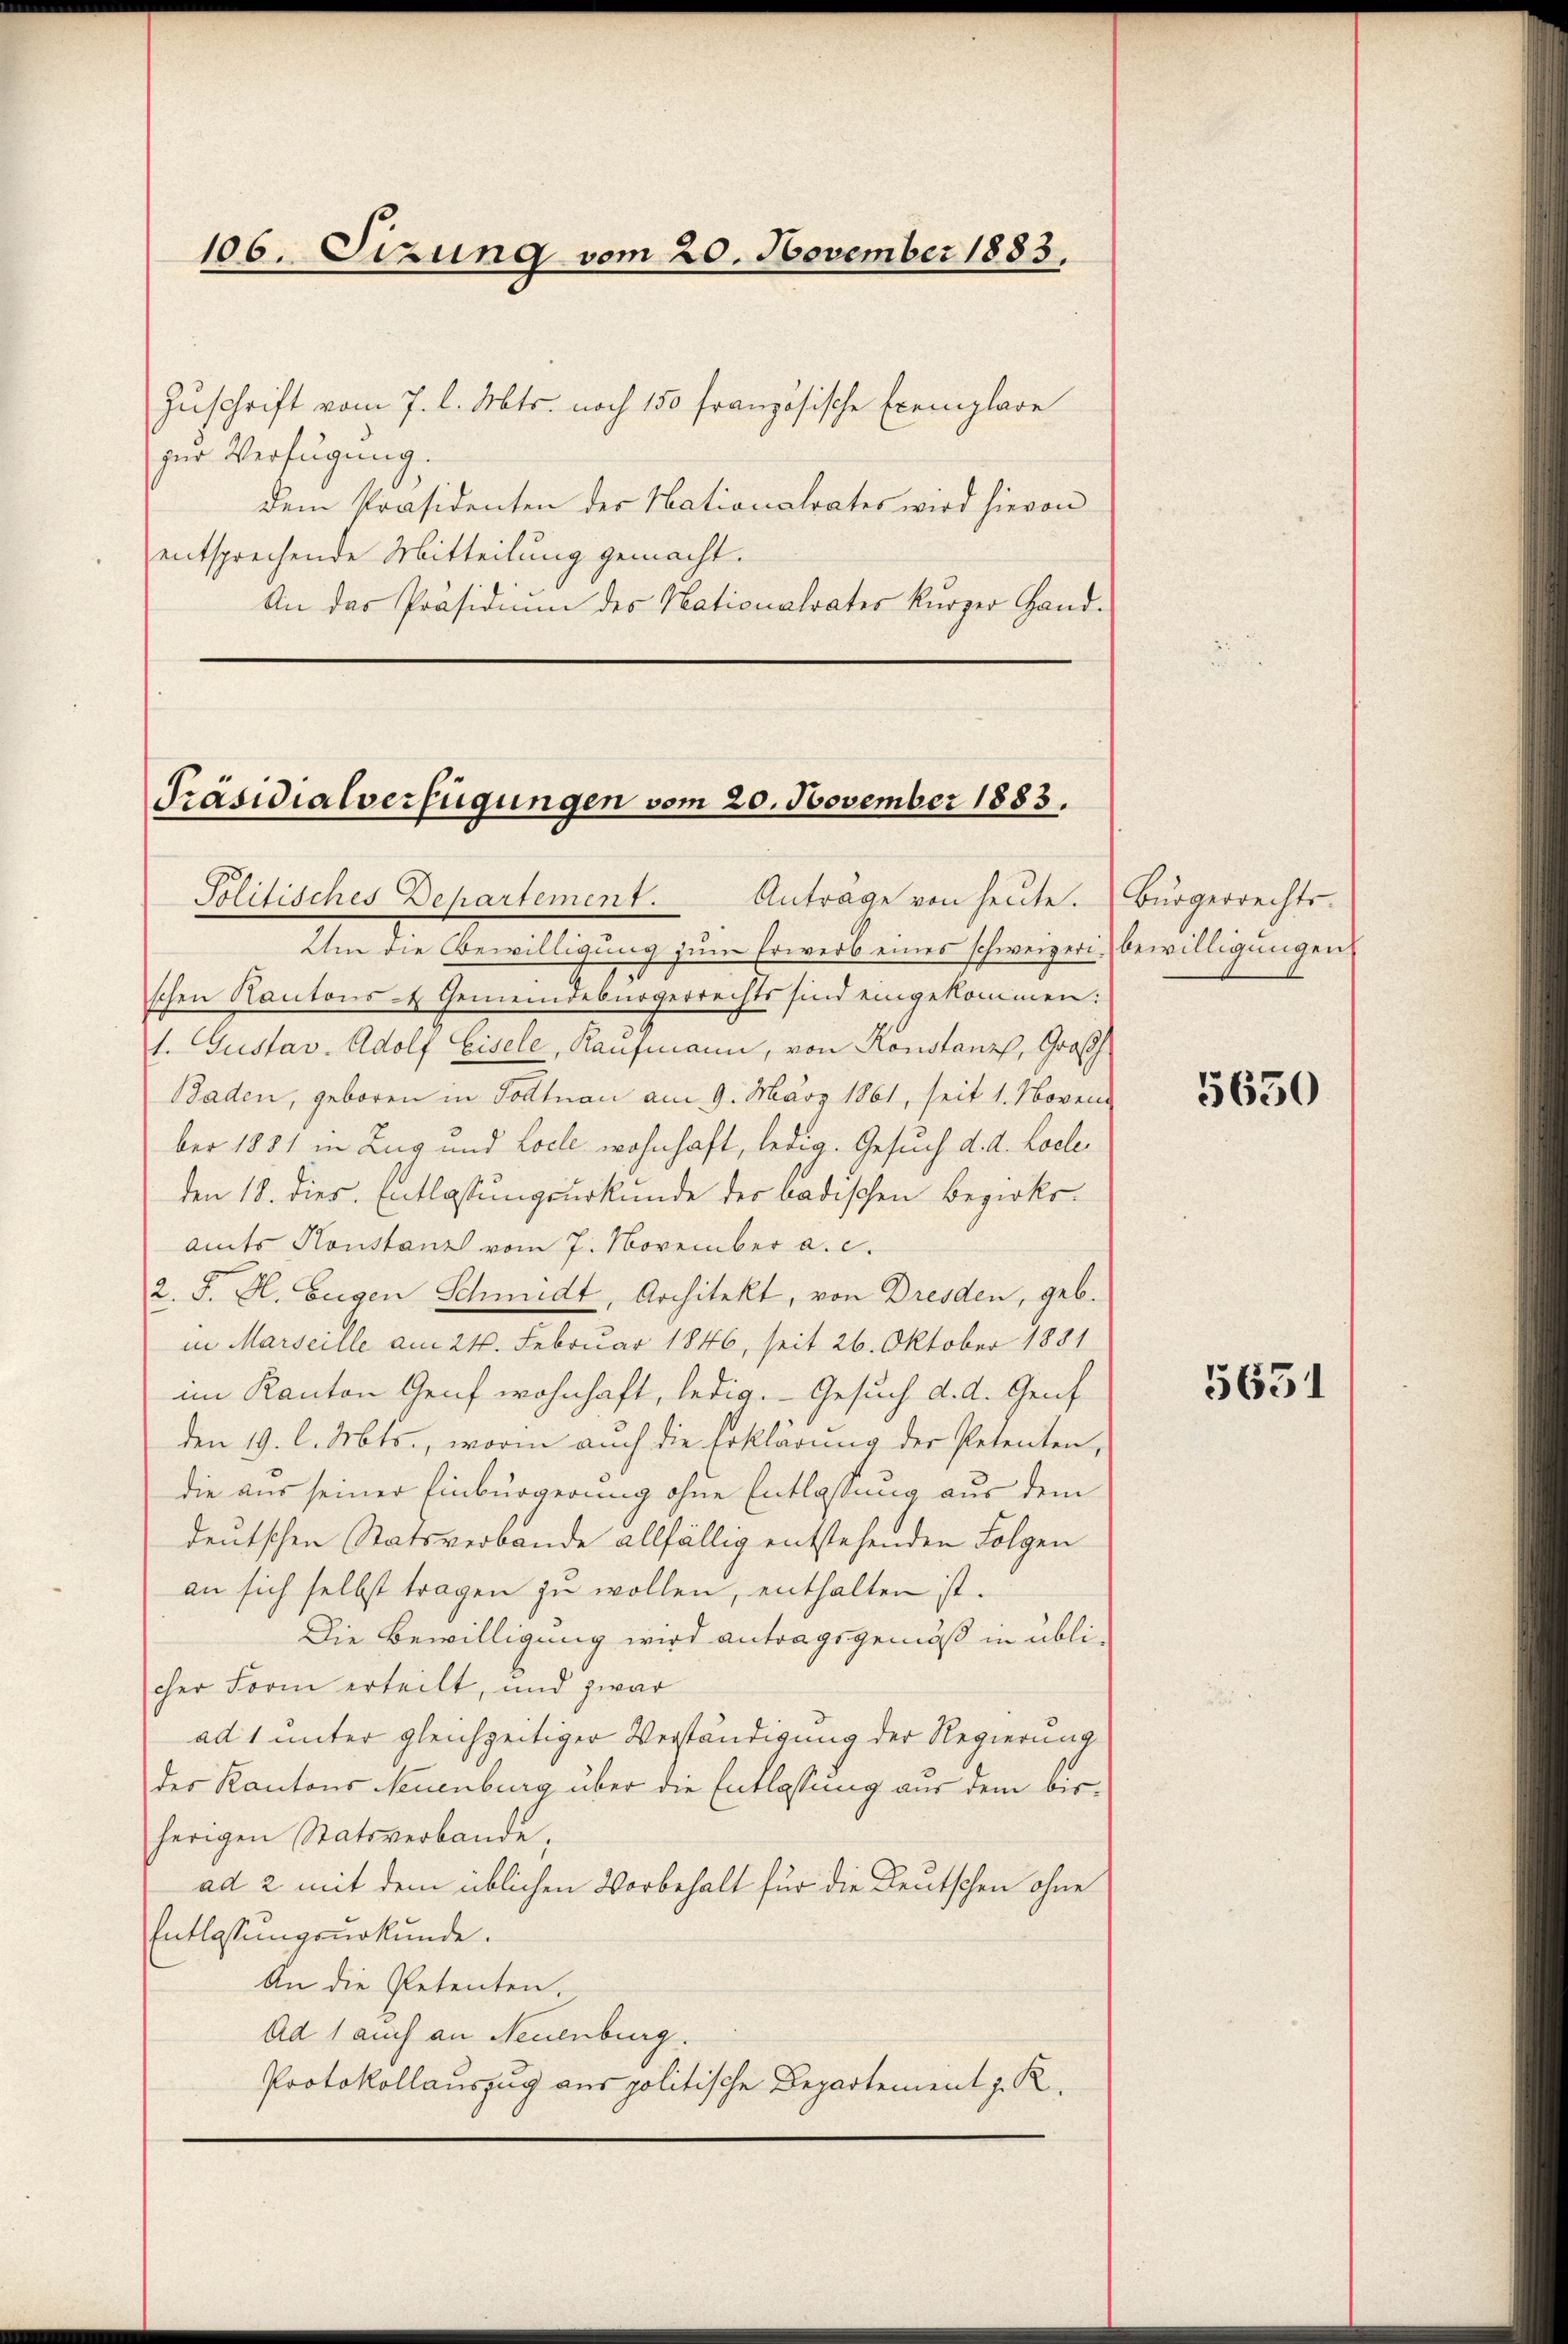
106. Sizung vom 20. November 1883.

Zuschrift vom 7. l. Mts. noch 150 französische Exemplare
zur Verfügung.
dem Präsidenten des Nationalrates wird hievon
entsprechende Mitteilung gemacht.
An das Präsidium des Nationalrates kurzer Hand¬

Präsidialverfügungen vom 20. November 1883.

schen Kantons- & Gemeindebürgerrechts sind eingekommen:
1. Gustav Adolf Eisele, Kaufmann, von Konstanz, Großh
Baden, geboren in Todtnau am 9. März 1861, seit 1. Noven
ber 1881 in Zug und Loele wohnhaft, ledig. Gesuch d. d. Lodleden 18. dies. Entlassungsurkunde der badischen Bezirksamts Konstanz vom 7. November a. c.
2. J. H. Eugen Schmidt, Architekt, von Dresden, geb.
in Marseille am 24. Februar 1846, seit 26. Oktober 1881
im Kanton Genf wohnhaft, ledig. Gesuch d. d. Genf
den 19. l. Mts., worin auch die Erklärung der Petenten,
die aus seiner Einbürgerung ohne Entlassung aus dem
deutschen Statsverbande allfällig entstehenden Folgen
an sich selbst tragen zŭ wollen, enthalten ist.
Die Bewilligung wird antragsgemäß in üblicher Form erteilt, und zwar
ad 1 unter gleichzeitiger Verständigung der Regierung
des Kantons Neuenburg über die Entlassung aus dem bisherigen Statsverbande,
ad 2 mit dem üblichen Vorbehalt für die Deutschen ohne
Entlassungsurkunde.
An die Petenten.
Ad 1 auch an Neuenburg.
Protokollauszug aus politische Departement z. R.

Politisches Departement. Anträge von heute. Bürgerrechts-
Um die Bewilligung zum Erwerb eines schweizeri bewilligungens

5650

5651